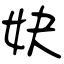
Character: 妜